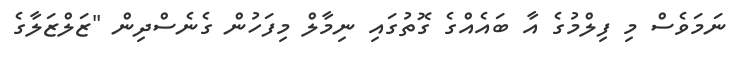
ނަމަވެސް މި ފިލްމުގެ އާ ބައެއްގެ ގޮތުގައި ނިމާލް މިފަހުން ގެނެސްދިން "ޒަލްޒަލާގެ